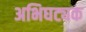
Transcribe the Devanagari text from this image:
अभिघट्यक